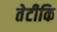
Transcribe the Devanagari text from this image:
तेटीकि